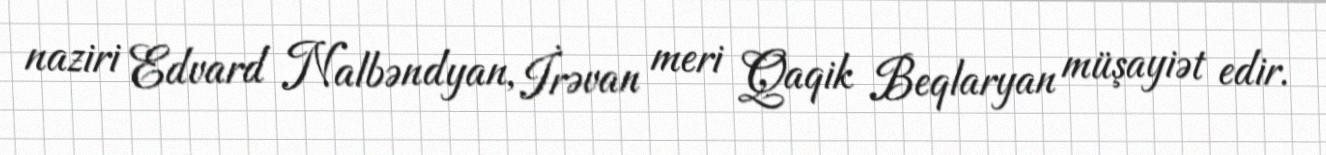
naziri Edvard Nalbəndyan, İrəvan meri Qaqik Beqlaryan müşayiət edir.